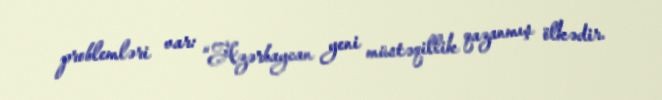
problemləri var: “Azərbaycan yeni müstəqillik qazanmış ölkədir.